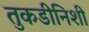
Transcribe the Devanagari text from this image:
तुकडीनिशी